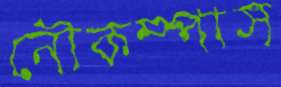
নৌকম্পাস